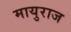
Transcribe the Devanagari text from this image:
मायुराज